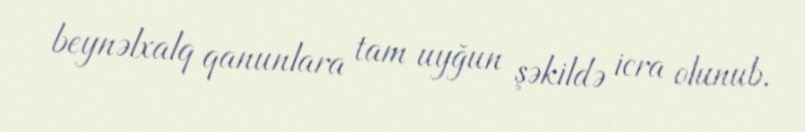
beynəlxalq qanunlara tam uyğun şəkildə icra olunub.